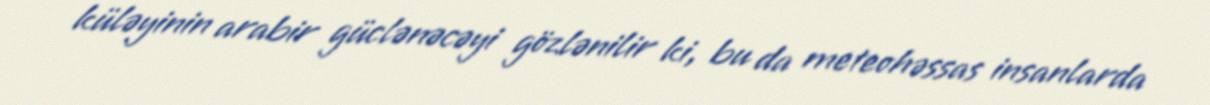
küləyinin arabir güclənəcəyi gözlənilir ki, bu da meteohəssas insanlarda